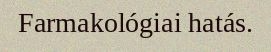
Farmakológiai hatás.